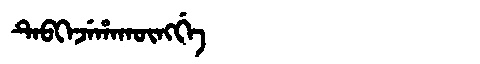
Manchu: ᡨᡝᠪᡴᡝᠵᡝᡥᠠᡴᡡᠩᡤᡝ
Romanization: TEBKEJEHAKŪNGGE